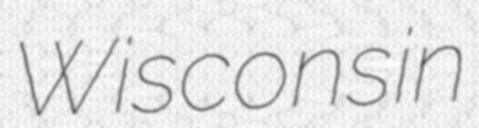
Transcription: Wisconsin